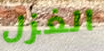
الغزل